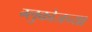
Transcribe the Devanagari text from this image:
ग्लुकोजच्या